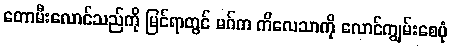
တောမီးလောင်သည်ကို မြင်ရာတွင် မဂ်က ကိလေသာကို လောင်ကျွမ်းစေပုံ